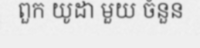
ពួក យូដា មួយ ចំនួន